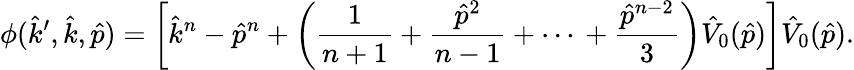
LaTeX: \phi(\hat{k}^{\prime},\hat{k},\hat{p})=\left[\hat{k}^{n}-\hat{p}^{n}+\left({\frac{1}{n+1}}\right.\right.+{\frac{\hat{p}^{2}}{n-1}}+\cdots\, +\left.\left.{\frac{\hat{p}^{n-2}}{3}}\right)\hat{V}_{0}(\hat{p})\right]\hat{V}_{0}(\hat{p}).